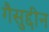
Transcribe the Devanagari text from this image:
गैसुद्दीन